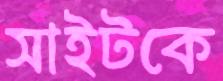
সাইটকে